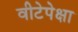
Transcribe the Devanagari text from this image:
वीटेपेक्षा